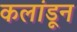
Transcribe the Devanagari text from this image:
कलांडून